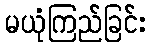
မယုံကြည်ခြင်း